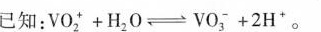
已知：$$V O _ { 2 } ^ { + }+ H _ { 2 } O \rightleftharpoons V O _ { 3 } ^ { - } + 2 H ^ { + }$$。